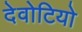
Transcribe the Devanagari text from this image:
देवोटियो